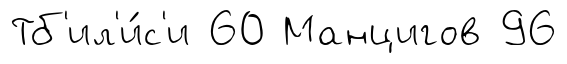
Тб'ил'и́с'и 60 Манцигов 96